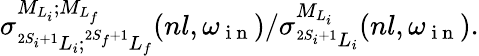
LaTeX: {\sigma}_{^{2S_{i}+1}L_{i};^{2S_{f}+1}L_{f}}^{{M}_{{L}_{i}};{M}_{{L}_{f}}}(nl,{\omega}_{\mathrm{~i~n~}})/{\sigma}_{^{2S_{i}+1}L_{i}}^{{M}_{{L}_{i}}}(nl,{\omega}_{\mathrm{~i~n~}}).